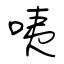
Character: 咦